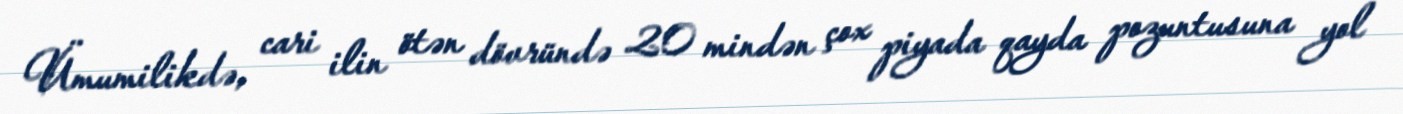
Ümumilikdə, cari ilin ötən dövründə 20 mindən çox piyada qayda pozuntusuna yol